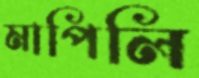
মাপিলি